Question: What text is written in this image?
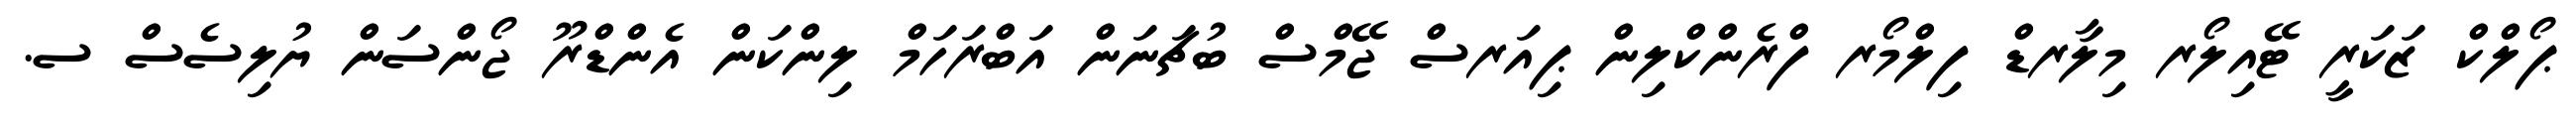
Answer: ޕޯލްކް ޒަކަރީ ޓޭއިލޯރ މިލާރޑް ފިލްމޯރ ފްރެންކްލިން ޕިއަރސް ޖޭމްސް ބުޗަނަން އަބްރަހަމް ލިންކަން އެންޑްރޫ ޖޯންސަން ޔުލިސެސް ސ.